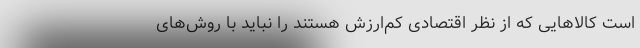
است کالاهایی که از نظر اقتصادی کم‌ارزش هستند را نباید با روش‌های